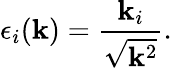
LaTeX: \epsilon_{i}({\mathbf k})=\frac{{\mathbf k}_{i}}{\sqrt{{\mathbf k}^{2}}}.